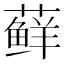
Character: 藓